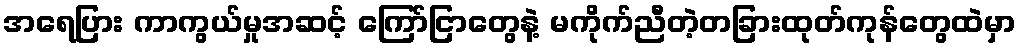
အရေပြား ကာကွယ်မှုအဆင့် ကြော်ငြာတွေနဲ့ မကိုက်ညီတဲ့တခြားထုတ်ကုန်တွေထဲမှာ